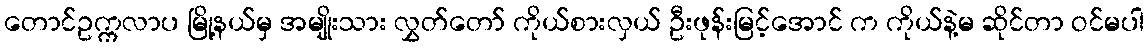
တောင်ဥက္ကလာပ မြို့နယ်မှ အမျိုးသား လွှတ်တော် ကိုယ်စားလှယ် ဦးဖုန်းမြင့်အောင် က ကိုယ်နဲ့မ ဆိုင်တာ ဝင်မပါ